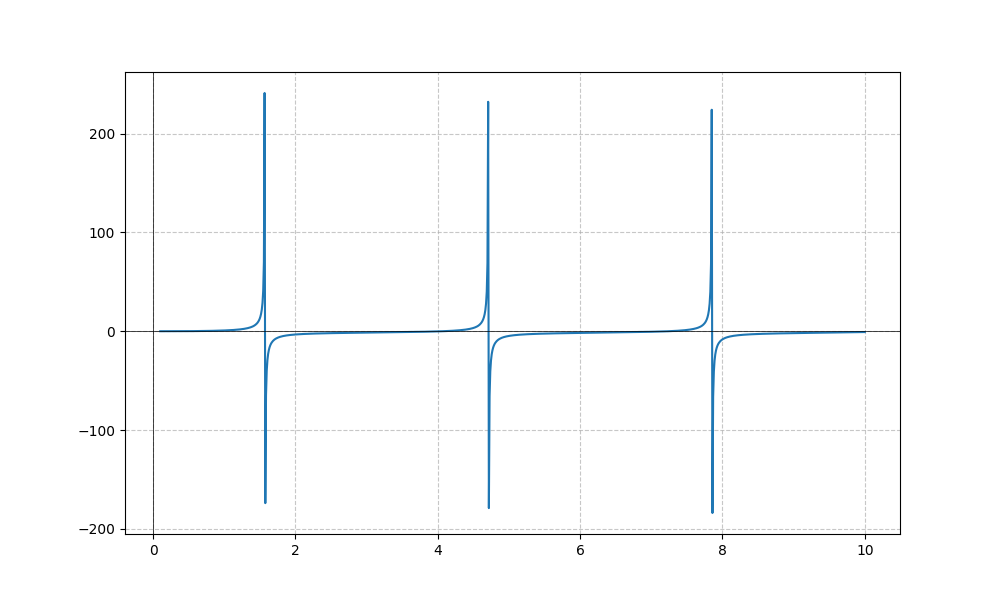
LaTeX formula: \tan{\left(x \right)} - \operatorname{atan}{\left(x \right)}